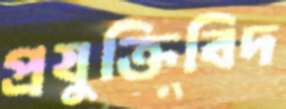
প্রযুক্তিবিদ